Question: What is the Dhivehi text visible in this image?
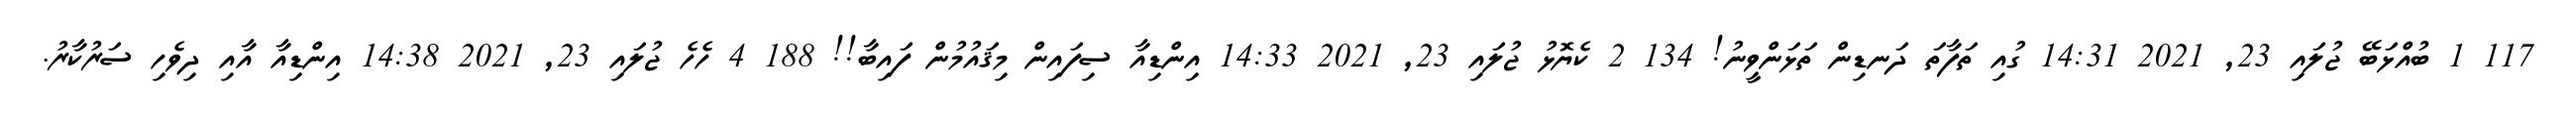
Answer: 117 1 ބުއްޅަބޭ ޖުލައި 23, 2021 14:31 ގުއި ތަފާތަ ދަނޑިން ތަޅަންވީނު! 134 2 ކެޔޮޅު ޖުލައި 23, 2021 14:33 އިންޑިއާ ސިފައިން މިޤައުމުން ފައިބާ!! 188 4 ހެހެ ޖުލައި 23, 2021 14:38 އިންޑިއާ އާއި ދިވެހި ސަރުކާރު.